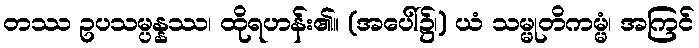
တဿ ဥပသမ္ပန္နဿ၊ ထိုရဟန်း၏။ (အပေါ်၌၊) ယံ သမ္မုတိကမ္မံ၊ အကြင်